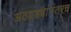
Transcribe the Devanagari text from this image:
अठवड्यांनंतरच